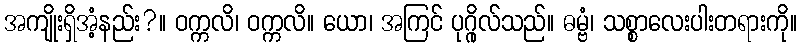
အကျိုးရှိအံ့နည်း?။ ဝက္ကလိ၊ ဝက္ကလိ။ ယော၊ အကြင် ပုဂ္ဂိုလ်သည်။ ဓမ္ဗံ၊ သစ္စာလေးပါးတရားကို။